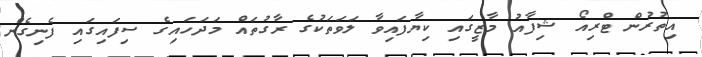
އިތުރުން ޓްރިއޯ ޝިފާއު މާޒީގައި ކިޔާފައިވާ ލަވަތަކުގެ ރާގުތައް މަދަހައިގެ ސިފައިގައި ފެނިގެން